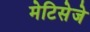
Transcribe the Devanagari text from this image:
मेटिसेजे